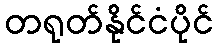
တရုတ်နိုင်ငံပိုင်